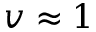
v \approx 1